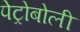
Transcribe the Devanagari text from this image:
पेट्रोबोली